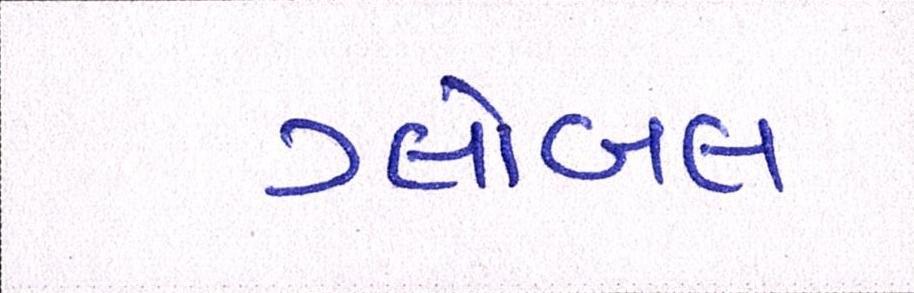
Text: ગ્લોબલ